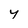
Character: y